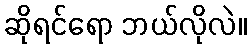
ဆိုရင်ရော ဘယ်လိုလဲ။